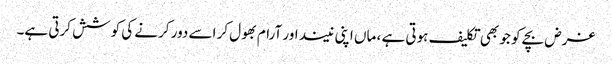
غرض بچے کو جو بھی تکلیف ہوتی ہے ، ماں اپنی نیند اور آرام بھول کر اسے دور کرنے کی کوشش کرتی ہے۔